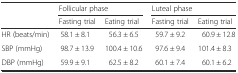
<table><thead><tr><td>[EMPTY_CELL]</td><td colspan="2"><b>Follicular phase</b></td><td colspan="2"><b>Luteal phase</b></td></tr><tr><td>[EMPTY_CELL]</td><td><b>Fasting trial</b></td><td><b>Eating trial</b></td><td><b>Fasting trial</b></td><td><b>Eating trial</b></td></tr></thead><tbody><tr><td>HR (beats/min)</td><td>58.1 ± 8.1</td><td>56.3 ± 6.5</td><td>59.7 ± 9.2</td><td>60.9 ± 12.8</td></tr><tr><td>SBP (mmHg)</td><td>98.7 ± 13.9</td><td>100.4 ± 10.6</td><td>97.6 ± 9.4</td><td>101.4 ± 8.3</td></tr><tr><td>DBP (mmHg)</td><td>59.9 ± 9.1</td><td>62.5 ± 8.2</td><td>60.1 ± 7.4</td><td>60.1 ± 6.2</td></tr></tbody></table>